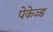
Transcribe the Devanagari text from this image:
पेकेज्ड